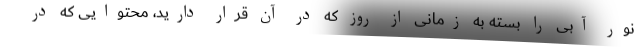
نور آبی را بسته به زمانی از روز که در آن قرار دارید، محتوایی که در